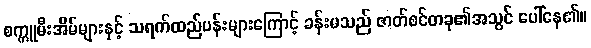
စက္ကူမီးအိမ်များနှင့် သရက်ထည်ပန်းများကြောင့် ခန်းမသည် ဇာတ်စင်တခု၏အသွင် ပေါ်နေ၏။